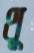
থু